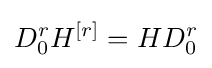
D_{0}^{r}H^{\left[r\right]}=HD_{0}^{r}